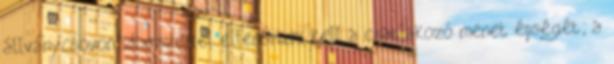
állványcsövön idomszerrel ellenõrizni kell a csatlakozó menet épségét; a